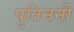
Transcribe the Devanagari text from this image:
पुतिननी